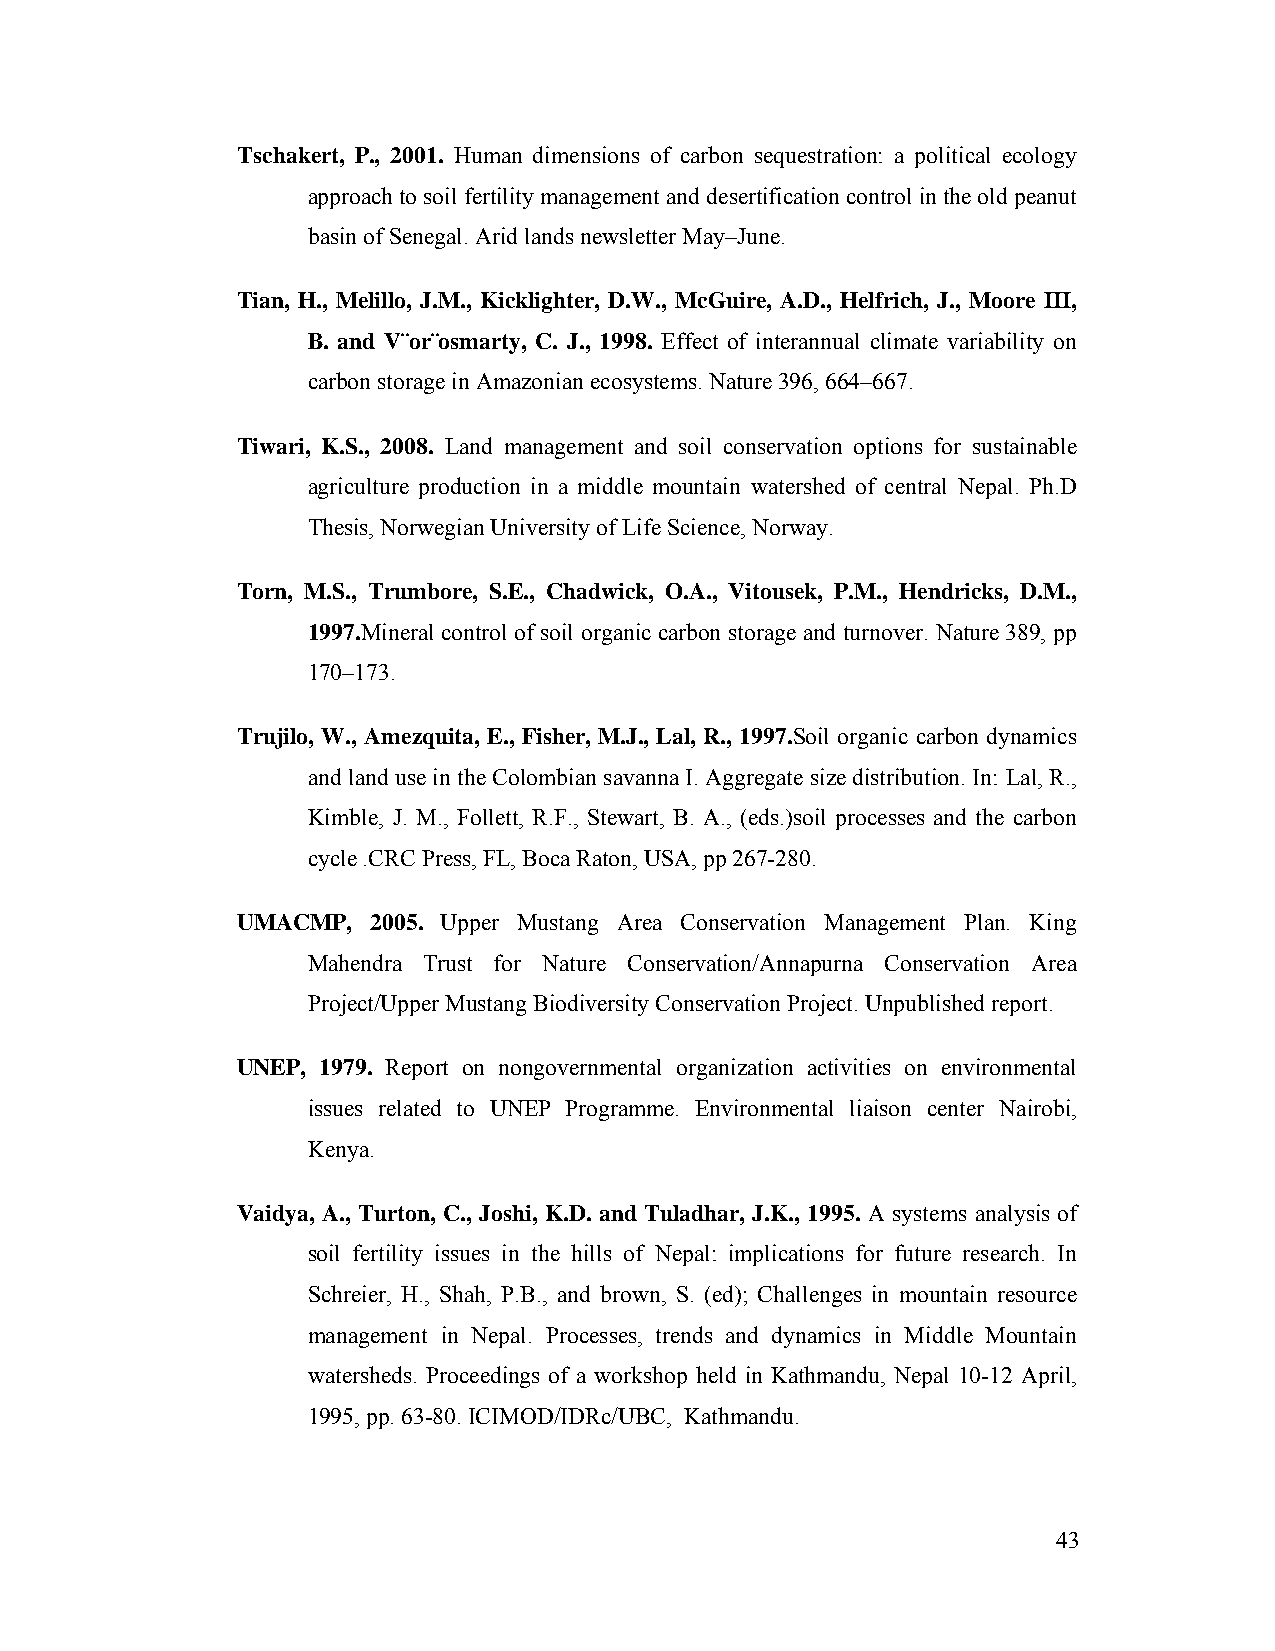
Tschakert, P., 2001. Human dimensions of carbon sequestration: a political ecology
 approach to soil fertility management and desertification control in the old peanut
 basin of Senegal. Arid lands newsletter May–June.
 Tian, H., Melillo, J.M., Kicklighter, D.W., McGuire, A.D., Helfrich, J., Moore III,
 B. and V¨or¨osmarty, C. J., 1998. Effect of interannual climate variability on
 carbon storage in Amazonian ecosystems. Nature 396, 664–667.
 Tiwari, K.S., 2008. Land management and soil conservation options for sustainable
 agriculture production in a middle mountain watershed of central Nepal. Ph.D
 Thesis, Norwegian University of Life Science, Norway.
 Torn, M.S., Trumbore, S.E., Chadwick, O.A., Vitousek, P.M., Hendricks, D.M.,
 1997.Mineral control of soil organic carbon storage and turnover. Nature 389, pp
 170–173.
 Trujilo, W., Amezquita, E., Fisher, M.J., Lal, R., 1997.Soil organic carbon dynamics
 and land use in the Colombian savanna I. Aggregate size distribution. In: Lal, R.,
 Kimble, J. M., Follett, R.F., Stewart, B. A., (eds.)soil processes and the carbon
 cycle .CRC Press, FL, Boca Raton, USA, pp 267-280.
 UMACMP,  2005. Upper Mustang Area Conservation Management Plan. King
 Mahendra Trust for Nature Conservation/Annapurna Conservation Area
 Project/Upper Mustang Biodiversity Conservation Project. Unpublished report.
 UNEP, 1979. Report on nongovernmental organization activities on environmental
 issues related to UNEP Programme. Environmental liaison center Nairobi,
 Kenya.
 Vaidya, A., Turton, C., Joshi, K.D. and Tuladhar, J.K., 1995. A systems analysis of
 soil fertility issues in the hills of Nepal: implications for future research. In
 Schreier, H., Shah, P.B., and brown, S. (ed); Challenges in mountain resource
 management in Nepal. Processes, trends and dynamics in Middle Mountain
 watersheds. Proceedings of a workshop held in Kathmandu, Nepal 10-12 April,
 1995, pp. 63-80. ICIMOD/IDRc/UBC, Kathmandu.
 43